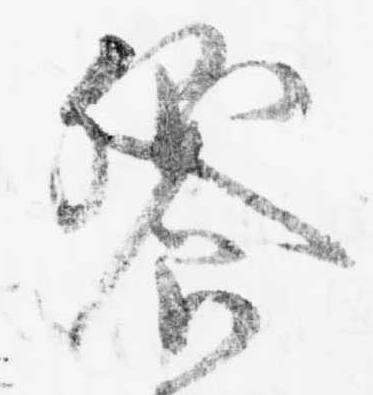
饗